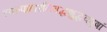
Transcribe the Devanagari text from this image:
स्वल्पाहारनिबद्धशुद्धवपुषां